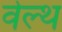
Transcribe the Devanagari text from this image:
वेल्‍थ